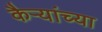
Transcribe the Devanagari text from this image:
कैऱ्यांच्या